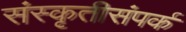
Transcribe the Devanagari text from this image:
संस्कृतीसंपर्क